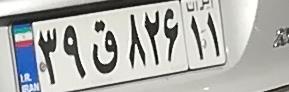
۳۹ق۸۲۶۱۱